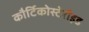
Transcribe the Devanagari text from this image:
कौर्टिकोस्टेरौइड